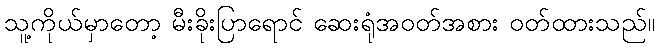
သူ့ကိုယ်မှာတော့ မီးခိုးပြာရောင် ဆေးရုံအဝတ်အစား ဝတ်ထားသည်။